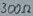
Text: 300Ω